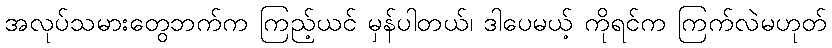
အလုပ်သမားတွေဘက်က ကြည့်ယင် မှန်ပါတယ်၊ ဒါပေမယ့် ကိုရင်က ကြက်လဲမဟုတ်